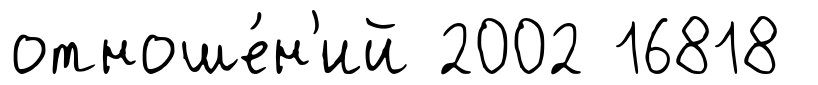
отноше́н'ий 2002 16818